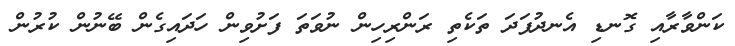
ކަންވާރާއި ގޮނޑި އެނދުފަދަ ތަކެތި ރަންރިހިން ނުވަތަ ފަށުވިން ހަދައިގެން ބޭނުން ކުރުން